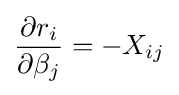
{\frac {\partial r_{i}}{\partial \beta _{j}}}=-X_{ij}